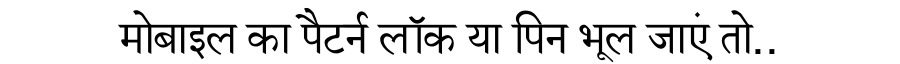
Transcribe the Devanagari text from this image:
मोबाइल का पैटर्न लॉक या पिन भूल जाएं तो..